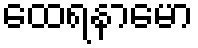
ထေရနာမော